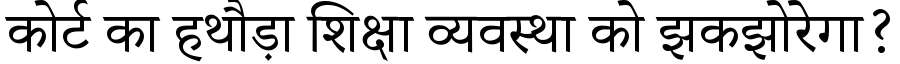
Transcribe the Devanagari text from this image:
कोर्ट का हथौड़ा शिक्षा व्यवस्था को झकझोरेगा?